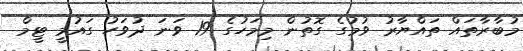
މުބާރާތައް ތައްޔާރު ވުމުގެ ގޮތުން މިމަހުގެ 19 ވަނަ ދުވަހު ގައުމީ ޓީމް